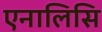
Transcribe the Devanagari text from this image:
एनालिसि